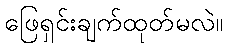
ဖြေရှင်းချက်ထုတ်မလဲ။